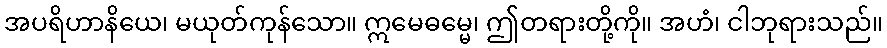
အပရိဟာနိယေ၊ မယုတ်ကုန်သော။ ဣမေဓမ္မေ၊ ဤတရားတို့ကို။ အဟံ၊ ငါဘုရားသည်။